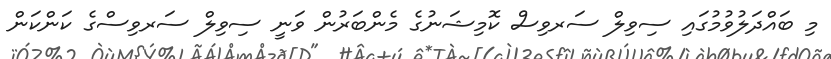
މި ބައްދަލުވުމުގައި ސިވިލް ސަރވިސް ކޮމިޝަނުގެ މެންބަރުން ވަނީ ސިވިލް ސަރވިސްގެ ކަންކަން